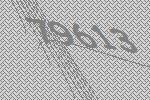
79613